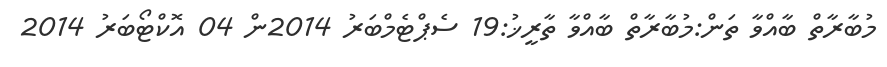
މުބާރާތް ބާއްވާ ތަން:މުބާރާތް ބާއްވާ ތާރީޚު:19 ސެޕްޓެމްބަރު 2014ން 04 އޮކްޓޯބަރު 2014